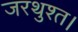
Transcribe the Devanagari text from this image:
जरथुश्त।